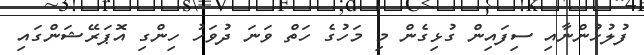
ފުލުހުންނާއި ސިފައިން ގުޅިގެން މި މަހުގެ ހަތް ވަނަ ދުވަހު ހިންގި އޮޕަރޭޝަންގައި